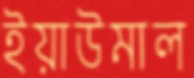
ইয়াউমাল